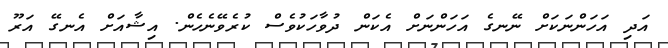
އަދި އަހަންނަކަށް ނޭނގެ އަހަންނަށް އެކަން ދުވާހަކުވެސް ކުރެވޭނެހެން. އިޝާއަށް އެނގޭ އަރޫ